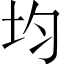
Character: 均